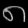
Digit: ၈